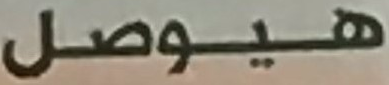
هيوصل